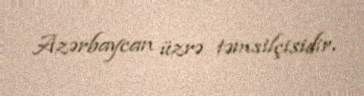
Azərbaycan üzrə təmsilçisidir.